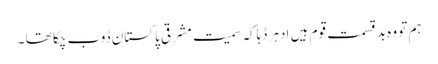
ہم تو وہ بدقسمت قوم ہیں ادہر ڈہاکہ سمیت مشرقی پاکستان ڈوب چکا تھا ۔